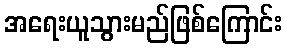
အရေးယူသွားမည်ဖြစ်ကြောင်း